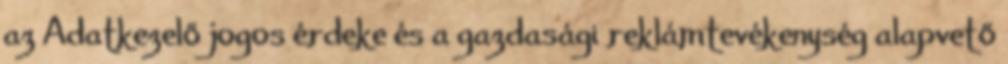
az Adatkezelő jogos érdeke és a gazdasági reklámtevékenység alapvető